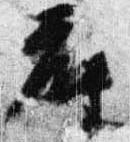
座